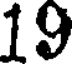
19